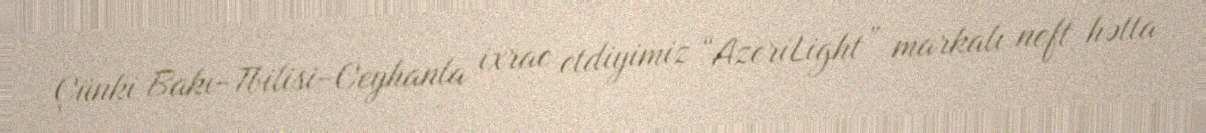
Çünki Bakı-Tbilisi-Ceyhanla ixrac etdiyimiz “AzeriLight” markalı neft hətta